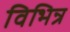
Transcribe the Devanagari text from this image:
विभिन्र